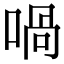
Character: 喎